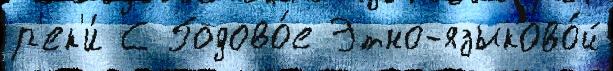
р'ек'и́ С Годово́е Этно-языково́й